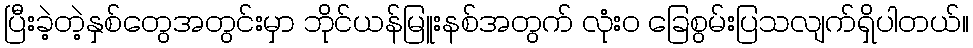
ပြီးခဲ့တဲ့နှစ်တွေအတွင်းမှာ ဘိုင်ယန်မြူးနစ်အတွက် လုံးဝ ခြေစွမ်းပြသလျက်ရှိပါတယ်။